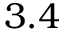
3 . 4